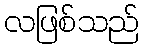
လဖြစ်သည်